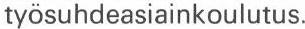
työsuhdeasiainkoulutus.